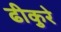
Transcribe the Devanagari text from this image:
ढीकुरे